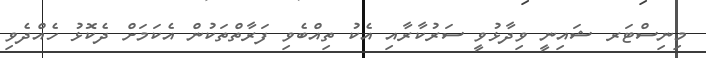
މިނިސްޓަރ ޝައިނީ ވިދާޅުވީ ސަރުކާރާއި އެކު ތިއްބެވި ފަރާތްތަކުން އެކަމަށް ދެކޮޅު ހެއްދެވި